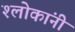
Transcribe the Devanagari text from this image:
श्लोकांनी